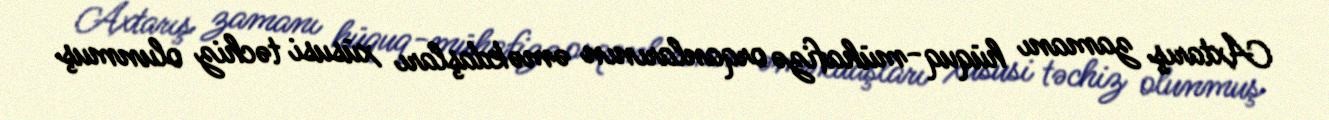
Axtarış zamanı hüquq-mühafizə orqanlarının əməkdaşları xüsusi təchiz olunmuş